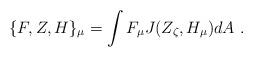
LaTeX: \begin{align*}\{F, Z, H \}_{\mu} = \int F_{\mu} J(Z_{\zeta}, H_{\mu}) dA~. \end{align*}